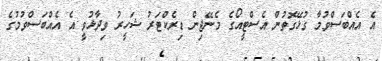
އެ އެއްބަސްވުމާ ގުޅޭގޮތުން އެސްޓީއޯގެ މެނޭޖިން ޑިރެކްޓަރު ޝަހީރު ވިދާޅުވީ އެ އެއްބަސްވުމުގެ